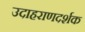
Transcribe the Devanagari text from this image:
उदाहराणदर्शक